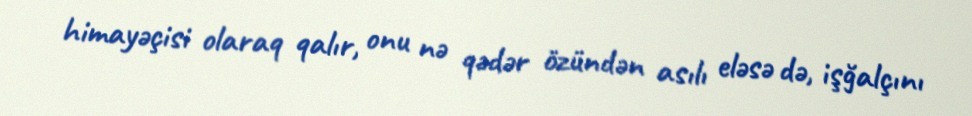
himayəçisi olaraq qalır, onu nə qədər özündən asılı eləsə də, işğalçını